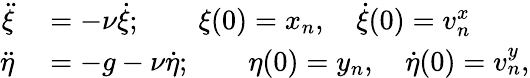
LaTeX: \begin{array}{rl}{\ddot{\xi}}&{{}=-\nu\dot{\xi};\qquad\xi(0)=x_{n},\quad\dot{\xi}(0)=v_{n}^{x}}\\ {\ddot{\eta}}&{{}=-g-\nu\dot{\eta};\qquad\eta(0)=y_{n},\quad\dot{\eta}(0)=v_{n}^{y},}\end{array}